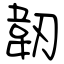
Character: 韌